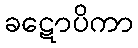
ခဋောပိကာ